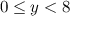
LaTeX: \ 0 \leq y < 8